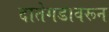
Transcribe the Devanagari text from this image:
दातेगडावरून